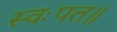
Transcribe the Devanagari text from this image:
स्वःपत॥